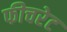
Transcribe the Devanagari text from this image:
फीचरेट